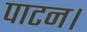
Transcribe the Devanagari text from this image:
पाटन।